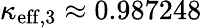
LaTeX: \kappa_{\mathrm{eff},3}\approx 0.987248